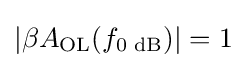
|\beta A_{\text{OL}}(f_{\text{0 dB}})|=1